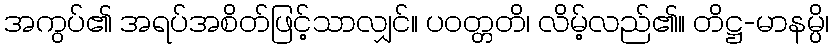
အကွပ်၏ အရပ်အစိတ်ဖြင့်သာလျှင်။ ပဝတ္တတိ၊ လိမ့်လည်၏။ တိဋ္ဌ-မာနမ္ပိ၊